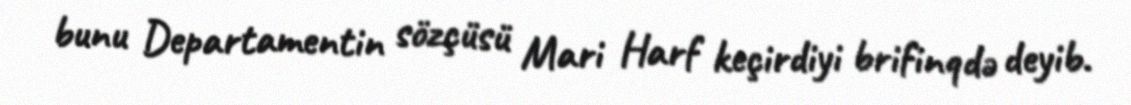
bunu Departamentin sözçüsü Mari Harf keçirdiyi brifinqdə deyib.